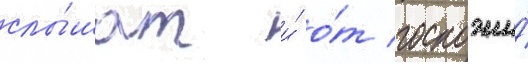
слы́шат и́ о́т госпожи́